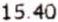
15.40